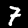
Digit: 7